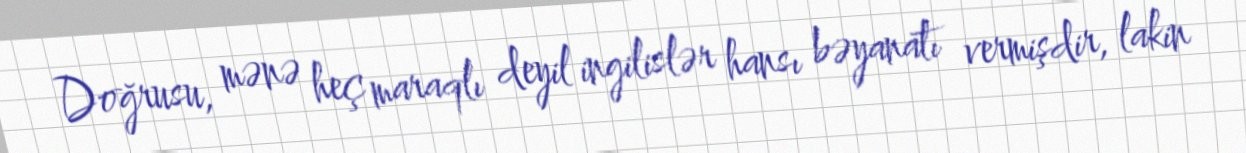
Doğrusu, mənə heç maraqlı deyil ingilislər hansı bəyanatı vermişdir, lakin